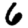
Digit: 6